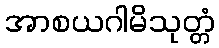
အာစယဂါမိသုတ္တံ